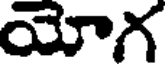
యోగ